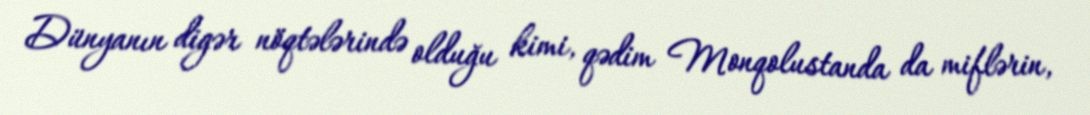
Dünyanın digər nöqtələrində olduğu kimi, qədim Monqolustanda da miflərin,